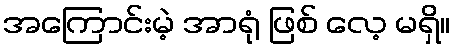
အကြောင်းမဲ့ အာရုံ ဖြစ် လေ့ မရှိ။